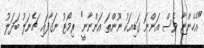
"އެހެންޏާ ވެސް އަންނަ ގަޑިއަކު ނޫންތަ އަންނާނީ" ރިމޯޓު ނަގާފައި ޗެނަލު ބަދަލު